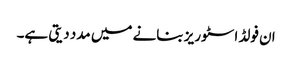
ان فولڈ اسٹوریز بنانے میں مدد دیتی ہے۔